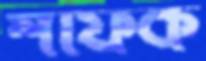
শফিক